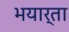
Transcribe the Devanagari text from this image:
भयार्ता